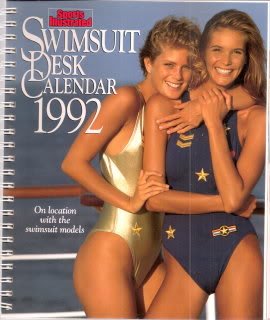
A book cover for Swimsuit Desk Calendar 1992 - Sports Illustrated (Rachel Allison and Elle MacPherson cover); Calendars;